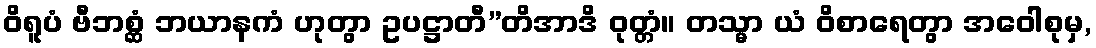
ဝိရူပံ ဗီဘစ္ဆံ ဘယာနကံ ဟုတွာ ဥပဋ္ဌာတီ”တိအာဒိ ဝုတ္တံ။ တသ္မာ ယံ ဝိစာရေတွာ အဝေါစုမှ,